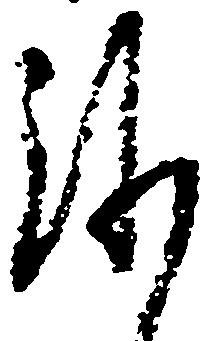
沙